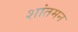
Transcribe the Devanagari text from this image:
शांतमन